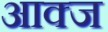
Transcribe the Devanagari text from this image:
आक्ज